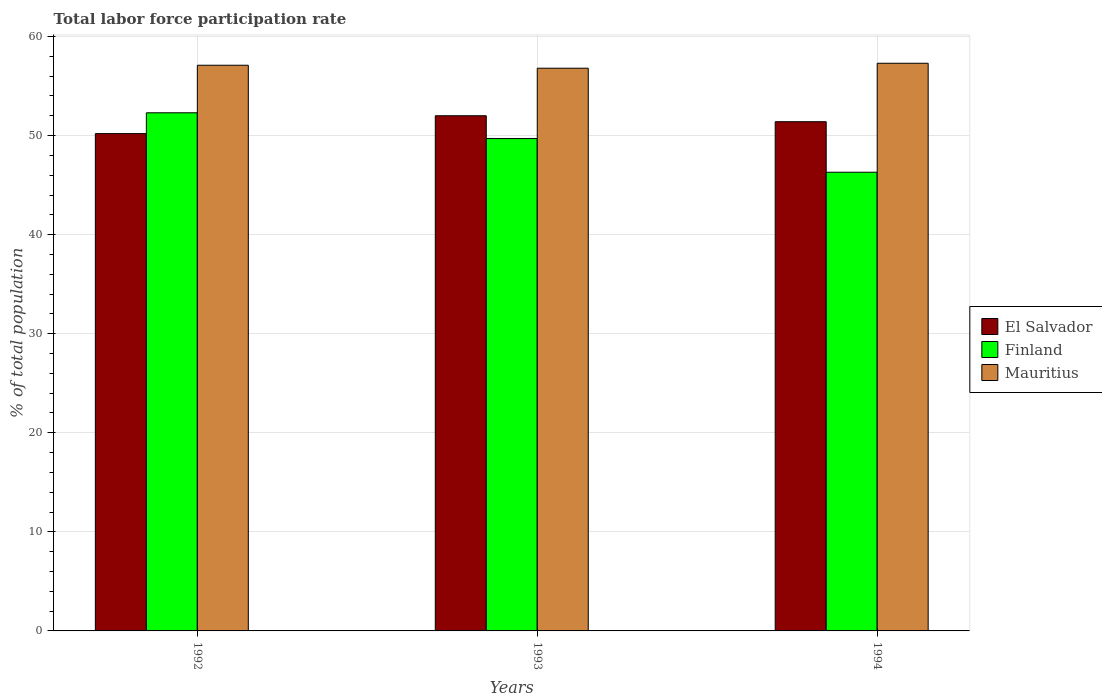
| Years | El Salvador | Finland | Mauritius |
 | --- | --- | --- | --- |
 | 1992 | 50.2 | 52.3 | 57.1 |
 | 1993 | 52 | 49.7 | 56.8 |
 | 1994 | 51.4 | 46.3 | 57.3 |